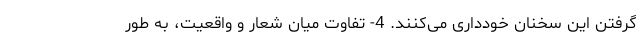
گرفتن این سخنان خودداری می‌کنند. 4- تفاوت میان شعار و واقعیت، به طور